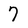
Character: 7